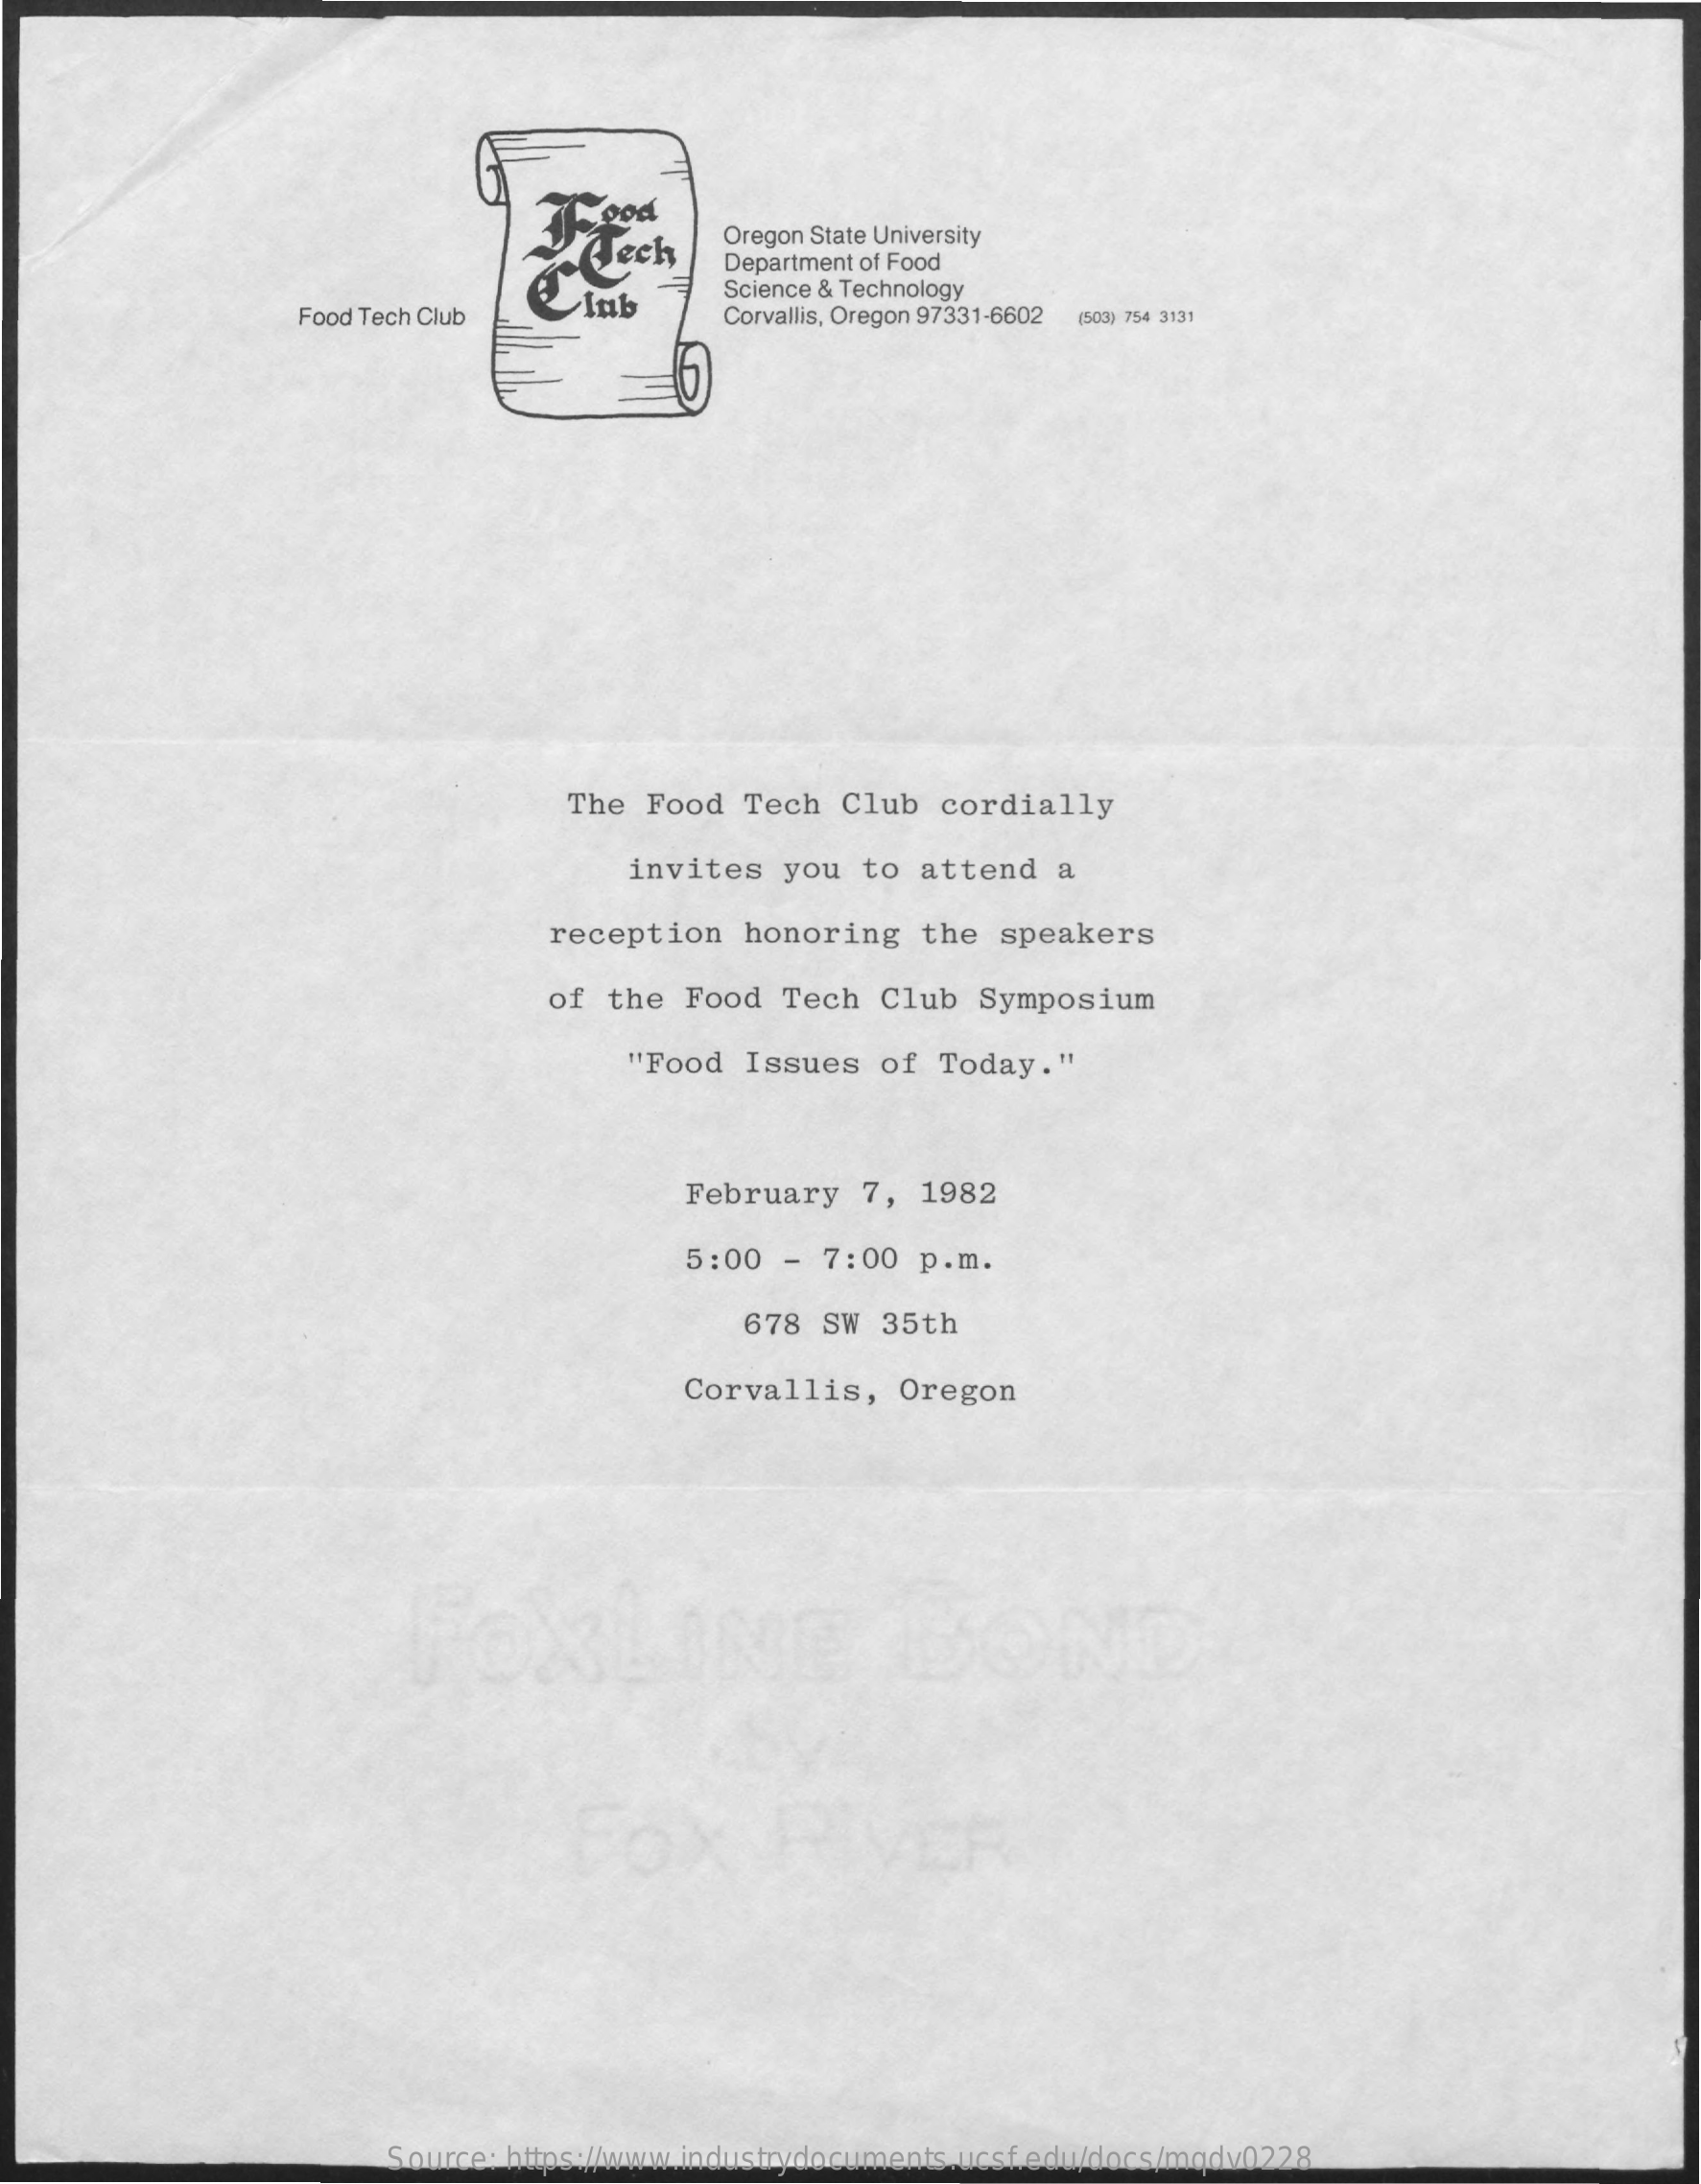
Oregon State University
     o  Cech    Department of Food
     Food Tech Club    Inb    Science & Technology
     Corvallis, Oregon 97331-6602 (503) 754 3131
     The  Food   Tech  Club  cordially
     invites  you  to  attend   a
     reception    honoring   the  speakers
     of  the  Food  Tech  Club   Symposium
     "Food  Issues  of  Today."
     February   7,  1982
     5:00  -  7:00  p.m.
     678  SW  35th
     Corvallis,    Oregon
     FOXLINE
     Source: https://www.industrydocuments.ucsf.edu/docs/mqdv0228